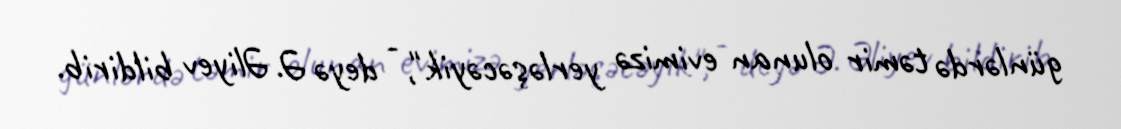
günlərdə təmir olunan evimizə yerləşəcəyik", - deyə Ə. Əliyev bildirib.